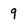
Character: 9